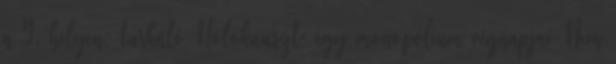
a 9. helyen: turkáló Holokauszt: egy monopólium végnapjai Nem